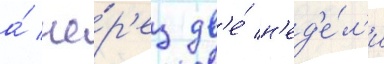
а́ че́р'ез дв'е́ н'ед'е́л'и